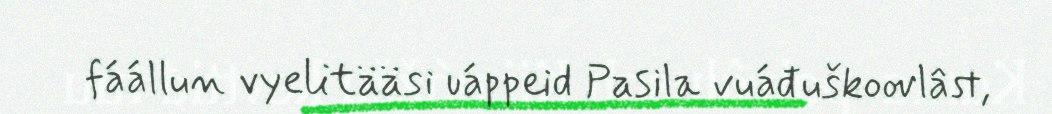
fáállun vyelitääsi uáppeid Pasila vuáđuškoovlâst,